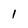
Character: 1